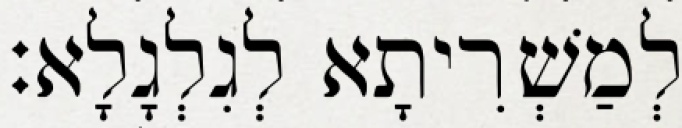
לְמַשְׁרִיתָא לְגִלְגָלָא׃